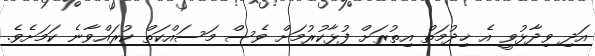
އަދި ވިދާޅުވީ އެ ޚިދުމަތް އިތުރަށް ފުޅާކުުރުމަށް ވެސް މަސައްކަތް ކުރައްވާނެ ކަމަށެވެ.